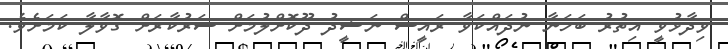
ވިދާޅުވީ އިތުރު ބަހަނާ ނުދައްކަވާ ރައީސް ނަޝީދު ދޫކޮށްލުމަށް ސަރުކާރަށް ގޮވާލާ ކަމަށެވެ.